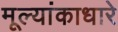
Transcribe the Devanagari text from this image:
मूल्यांकाधारे